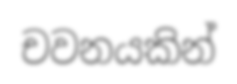
චවනයකින්